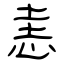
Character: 恚